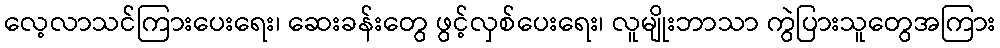
လေ့လာသင်ကြားပေးရေး၊ ဆေးခန်းတွေ ဖွင့်လှစ်ပေးရေး၊ လူမျိုးဘာသာ ကွဲပြားသူတွေအကြား